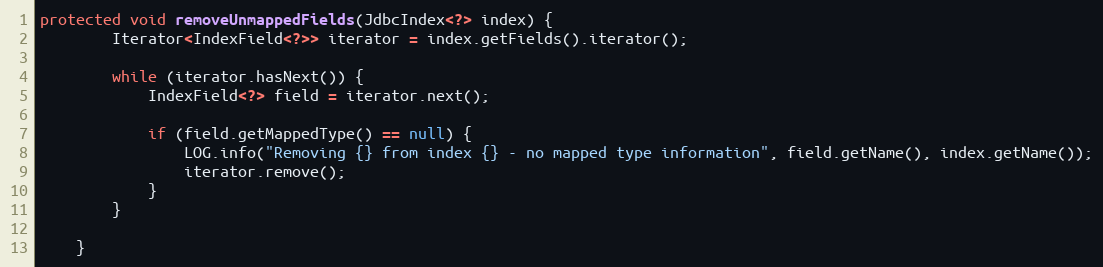
Language: Java
protected void removeUnmappedFields(JdbcIndex<?> index) {
        Iterator<IndexField<?>> iterator = index.getFields().iterator();

        while (iterator.hasNext()) {
            IndexField<?> field = iterator.next();

            if (field.getMappedType() == null) {
                LOG.info("Removing {} from index {} - no mapped type information", field.getName(), index.getName());
                iterator.remove();
            }
        }

    }